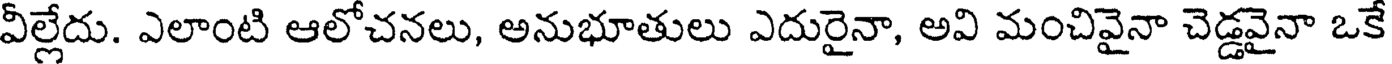
వీల్లేదు. ఎలాంటి ఆలోచనలు, అనుభూతులు ఎదురైనా, అవి మంచివైనా చెడ్డవైనా ఒకే